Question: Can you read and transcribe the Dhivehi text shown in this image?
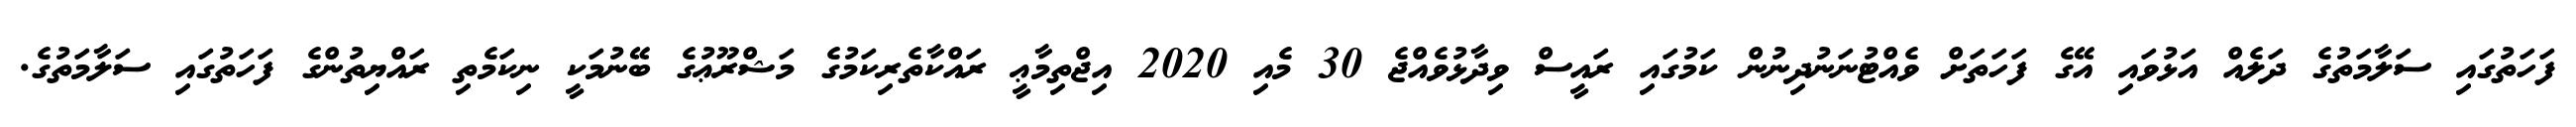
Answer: ފަހަތުގައި ސަލާމަތުގެ ދަލެއް އަޅުވައި އޭގެ ފަހަތަށް ވެއްޓުނަނުދިނުން ކަމުގައި ރައީސް ވިދާޅުވެއްޖެ 30 މެއި 2020 އިޖްތިމާޢީ ރައްކާތެރިކަމުގެ މަޝްރޫޢުގެ ބޭނުމަކީ ނިކަމެތި ރައްޔިތުންގެ ފަހަތުގައި ސަލާމަތުގެ.